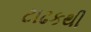
ટાઢકથી